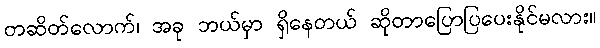
တဆိတ်လောက်၊ အခု ဘယ်မှာ ရှိနေတယ် ဆိုတာပြောပြပေးနိုင်မလား။